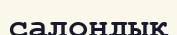
салондық